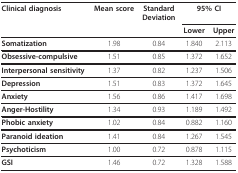
<table><thead><tr><td><b>Clinical diagnosis</b></td><td><b>Mean score</b></td><td><b>StandardDeviation</b></td><td colspan="2"><b>95% CI</b></td></tr><tr><td></td><td></td><td></td><td><b>Lower</b></td><td><b>Upper</b></td></tr></thead><tbody><tr><td><b>Somatization</b></td><td>1.98</td><td>0.84</td><td>1.840</td><td>2.113</td></tr><tr><td><b>Obsessive-compulsive</b></td><td>1.51</td><td>0.85</td><td>1.372</td><td>1.652</td></tr><tr><td><b>Interpersonal sensitivity</b></td><td>1.37</td><td>0.82</td><td>1.237</td><td>1.506</td></tr><tr><td><b>Depression</b></td><td>1.51</td><td>0.83</td><td>1.372</td><td>1.645</td></tr><tr><td><b>Anxiety</b></td><td>1.56</td><td>0.86</td><td>1.417</td><td>1.698</td></tr><tr><td><b>Anger-Hostility</b></td><td>1.34</td><td>0.93</td><td>1.189</td><td>1.492</td></tr><tr><td><b>Phobic anxiety</b></td><td>1.02</td><td>0.84</td><td>0.882</td><td>1.160</td></tr><tr><td><b>Paranoid ideation</b></td><td>1.41</td><td>0.84</td><td>1.267</td><td>1.545</td></tr><tr><td><b>Psychoticism</b></td><td>1.00</td><td>0.72</td><td>0.878</td><td>1.115</td></tr><tr><td><b>GSI</b></td><td>1.46</td><td>0.72</td><td>1.328</td><td>1.588</td></tr></tbody></table>